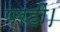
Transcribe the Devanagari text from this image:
परहीं।